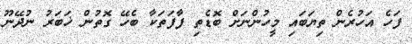
ފަހެ އަހުރެން ތިޔަބައި މީހުންނަށް ބޮޑެތި ފާފަތަކާ ބެހޭ ގޮތުން ޚަބަރު ނުދޭނޫ